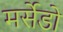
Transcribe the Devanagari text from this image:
मर्सेडो